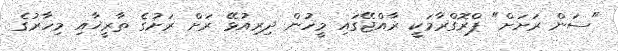
"ސަން ރަށަށް" ޕްރޮގްރާމަކީ ރާއްޖޭގައި މީހުން ދިރިއުޅޭ ރަށް ރަށުގެ ތާރީޚާއި މިހާރުގެ